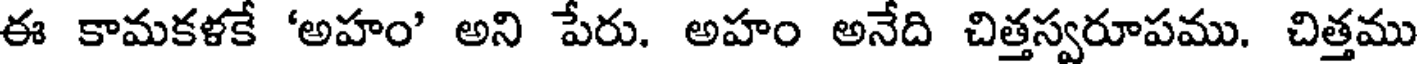
ఈ కామకళకే 'అహం' అని పేరు. అహం అనేది చిత్తస్వరూపము. చిత్తము